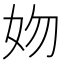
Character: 𡛁